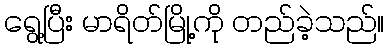
ရွေ့ပြီး မာရိတ်မြို့ကို တည်ခဲ့သည်။